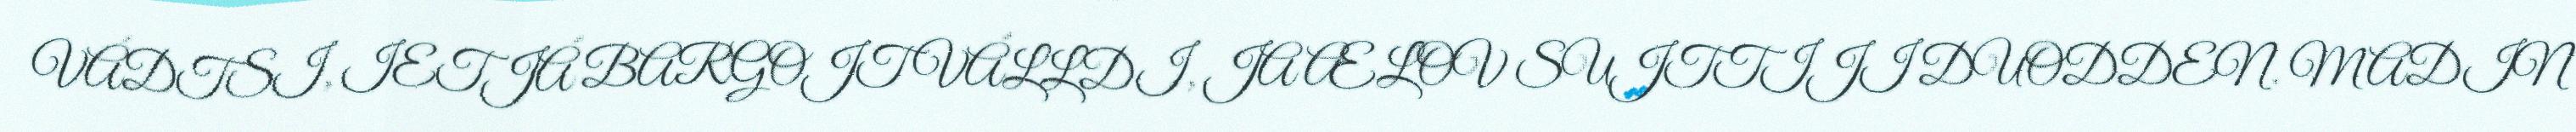
VÁDTSI, IETJÁ BARGOJT VÁLLDI, JA ÆLOV SUJTTIJI DUODDEN. MADIN